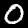
Digit: 0